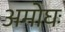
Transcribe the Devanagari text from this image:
अमोघः